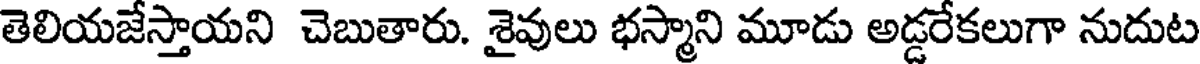
తెలియజేస్తాయని చెబుతారు. శైవులు భస్మాని మూడు అడ్డరేకలుగా నుదుట